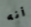
أنه